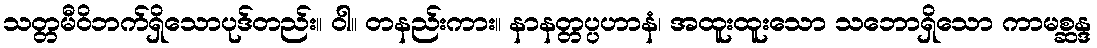
သတ္တမီဝိဘက်ရှိသောပုဒ်တည်း။ ဝါ။ တနည်းကား။ နာနတ္တပ္ပဟာနံ၊ အထူးထူးသော သဘောရှိသော ကာမစ္ဆန္ဒ